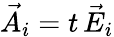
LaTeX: \vec{A}_{i}=t\, \vec{E}_{i}